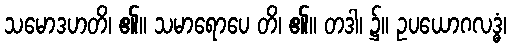
သမောဒဟတိ၊ ၏။ သမာရောပေ တိ၊ ၏။ တဒါ၊ ၌။ ဥပယောဂလဒ္ဓံ၊